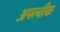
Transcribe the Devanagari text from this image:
अपत्नीक